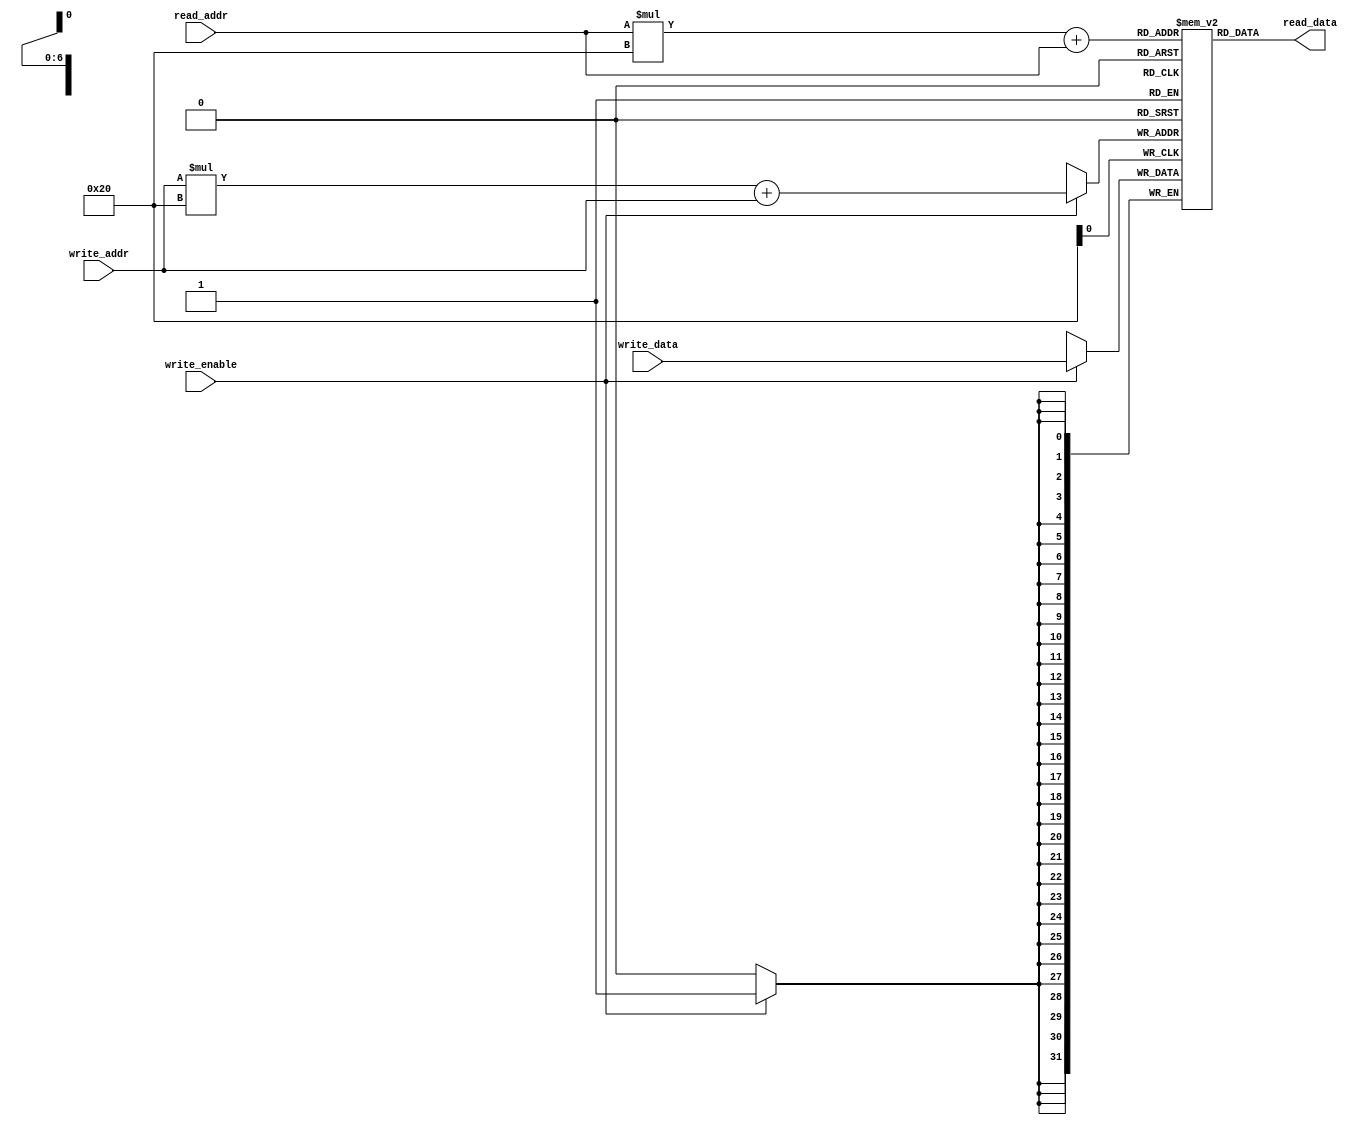
module CircularRegisterFile (
    input wire [31:0] write_data,
    input wire [4:0] write_addr,
    input wire write_enable,
    input wire [4:0] read_addr,
    output reg [31:0] read_data
);

reg [31:0] memory_blocks [3:0][31:0];

always @(posedge clk) begin
    if (write_enable) begin
        memory_blocks[write_addr][write_addr] <= write_data;
    end
end

always @* begin
    read_data = memory_blocks[read_addr][read_addr];
end

endmodule